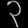
Digit: ၃